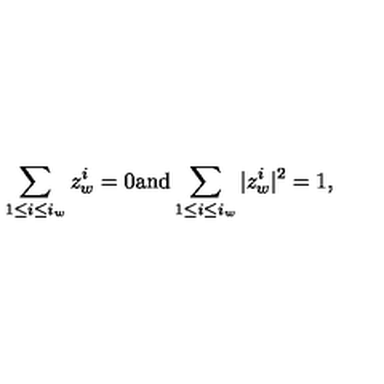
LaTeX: \sum _ { 1 \leq i \leq i _ { w } } z _ { w } ^ { i } = 0 \mathrm { a n d } \sum _ { 1 \leq i \leq i _ { w } } | z _ { w } ^ { i } | ^ { 2 } = 1 ,